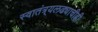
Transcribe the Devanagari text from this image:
स्वातंत्र्यलढ्याचीही